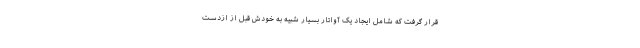
قرار گرفت که شامل ایجاد یک آواتار بسیار شبیه به خودش قبل از ازدست